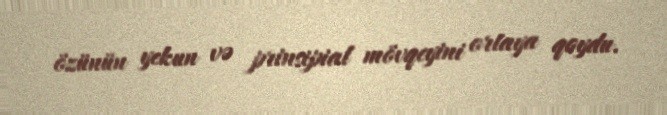
özünün yekun və prinsipial mövqeyini ortaya qoydu.